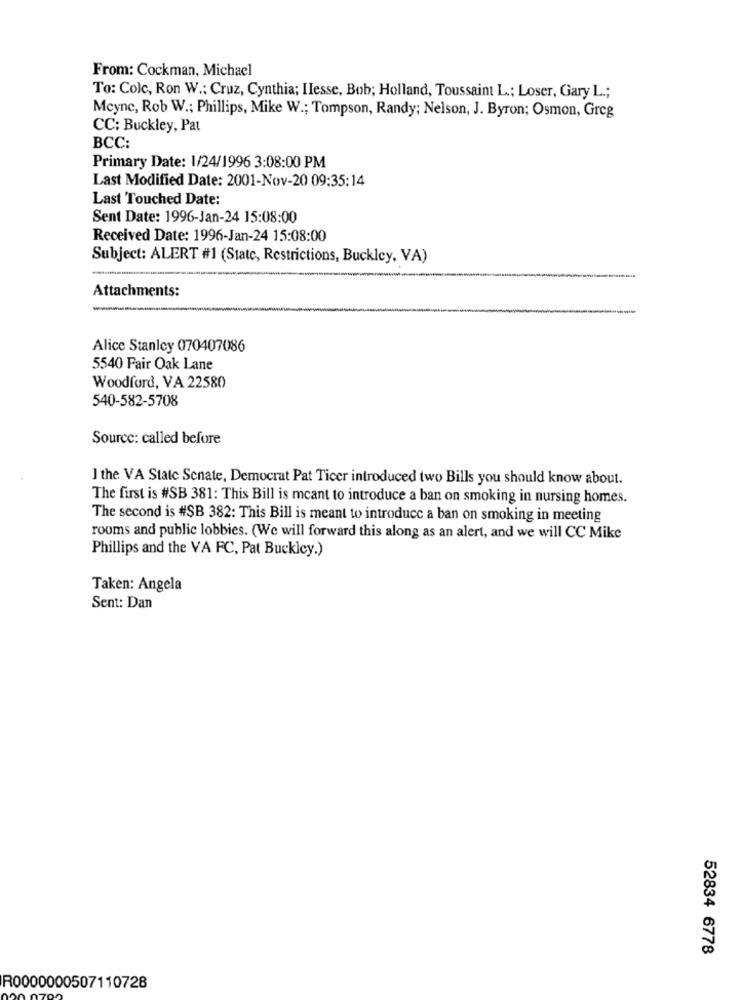
From: Cockman, Michael
To: Colc, Ron W .; Cruz, Cynthia; IIesse, Bob; Holland, Toussaint L .; Loser, Gary L .;
Mcync, Rob W .; Phillips, Mike W .; Tompson, Randy; Nelson, J. Byron; Osmon, Greg
CC: Buckley, Pat
BCC:
Primary Date: 1/24/1996 3:08:00 PM
Last Modified Date: 2001-Nov-20 09:35:14
Last Touched Date:
Sent Date: 1996-Jan-24 15:08:00
Received Date: 1996-Jan-24 15:08:00
Subject: ALERT #1 (Statc, Restrictions, Buckley, VA)
Attachments:
Alice Stanley 070407086
5540 Fair Oak Lane
Woodford, VA 22580
540-582-5708
Source: called before
I the VA State Senate, Democrat Pat Ticer introduced two Bills you should know about.
The first is #SB 381: This Bill is mcant to introduce a ban on smoking in nursing homes.
The second is #SB 382: This Bill is meant to introduce a ban on smoking in meeting
rooms and public lobbies. (We will forward this along as an alert, and we will CC Mike
Phillips and the VA FC, Pat Buckley.)
Taken: Angela
Sent: Dan
52834 6778
R0000000507110728